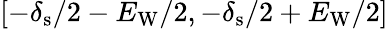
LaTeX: [-\delta_{\mathrm{s}}/2-E_{\mathrm{W}}/2,-\delta_{\mathrm{s}}/2+E_{\mathrm{W}}/2]